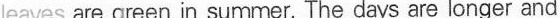
leaves are green in summer. The days are longer and